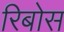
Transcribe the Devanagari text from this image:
रिबोस